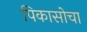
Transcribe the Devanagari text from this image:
पिकासोचा